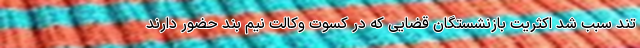
تند سبب شد اکثریت بازنشستگان قضایی که در کسوت وکالت نیم بند حضور دارند